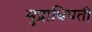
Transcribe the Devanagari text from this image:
मुद्राधिपती